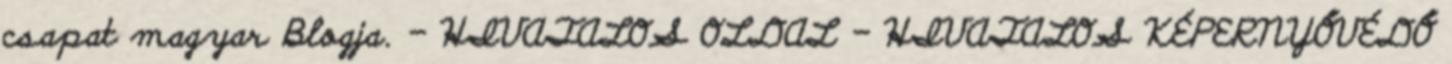
csapat magyar Blogja. - HIVATALOS OLDAL - HIVATALOS KÉPERNYŐVÉDŐ